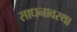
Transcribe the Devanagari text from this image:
साधनावस्था